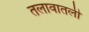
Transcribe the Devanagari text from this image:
तलावातली